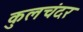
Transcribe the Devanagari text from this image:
कुलचंदर